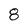
Character: 8